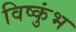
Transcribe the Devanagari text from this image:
विष्कुंभ